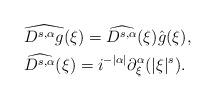
LaTeX: \begin{align*}&\widehat{D^{s,\alpha} g} (\xi) = \widehat{ D^{s,\alpha}}(\xi) \hat g(\xi), \\&\widehat{D^{s,\alpha}} (\xi) = i^{-|\alpha|} \partial_{\xi}^{\alpha}(|\xi|^s).\end{align*}